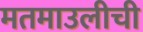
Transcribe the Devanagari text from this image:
मतमाउलीची